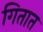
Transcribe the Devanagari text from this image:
गितात